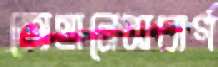
জোহানেসবার্গ